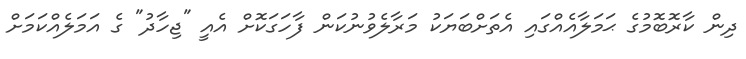
ދިން ކާރޮބޮމުގެ ޙަމަލާއެއްގައި އެތަށްބަޔަކު މަރާލެވުނުކަން ފާހަގަކޮށް އެއީ "ޖިހާދު" ގެ އަމަލެއްކަމަށް